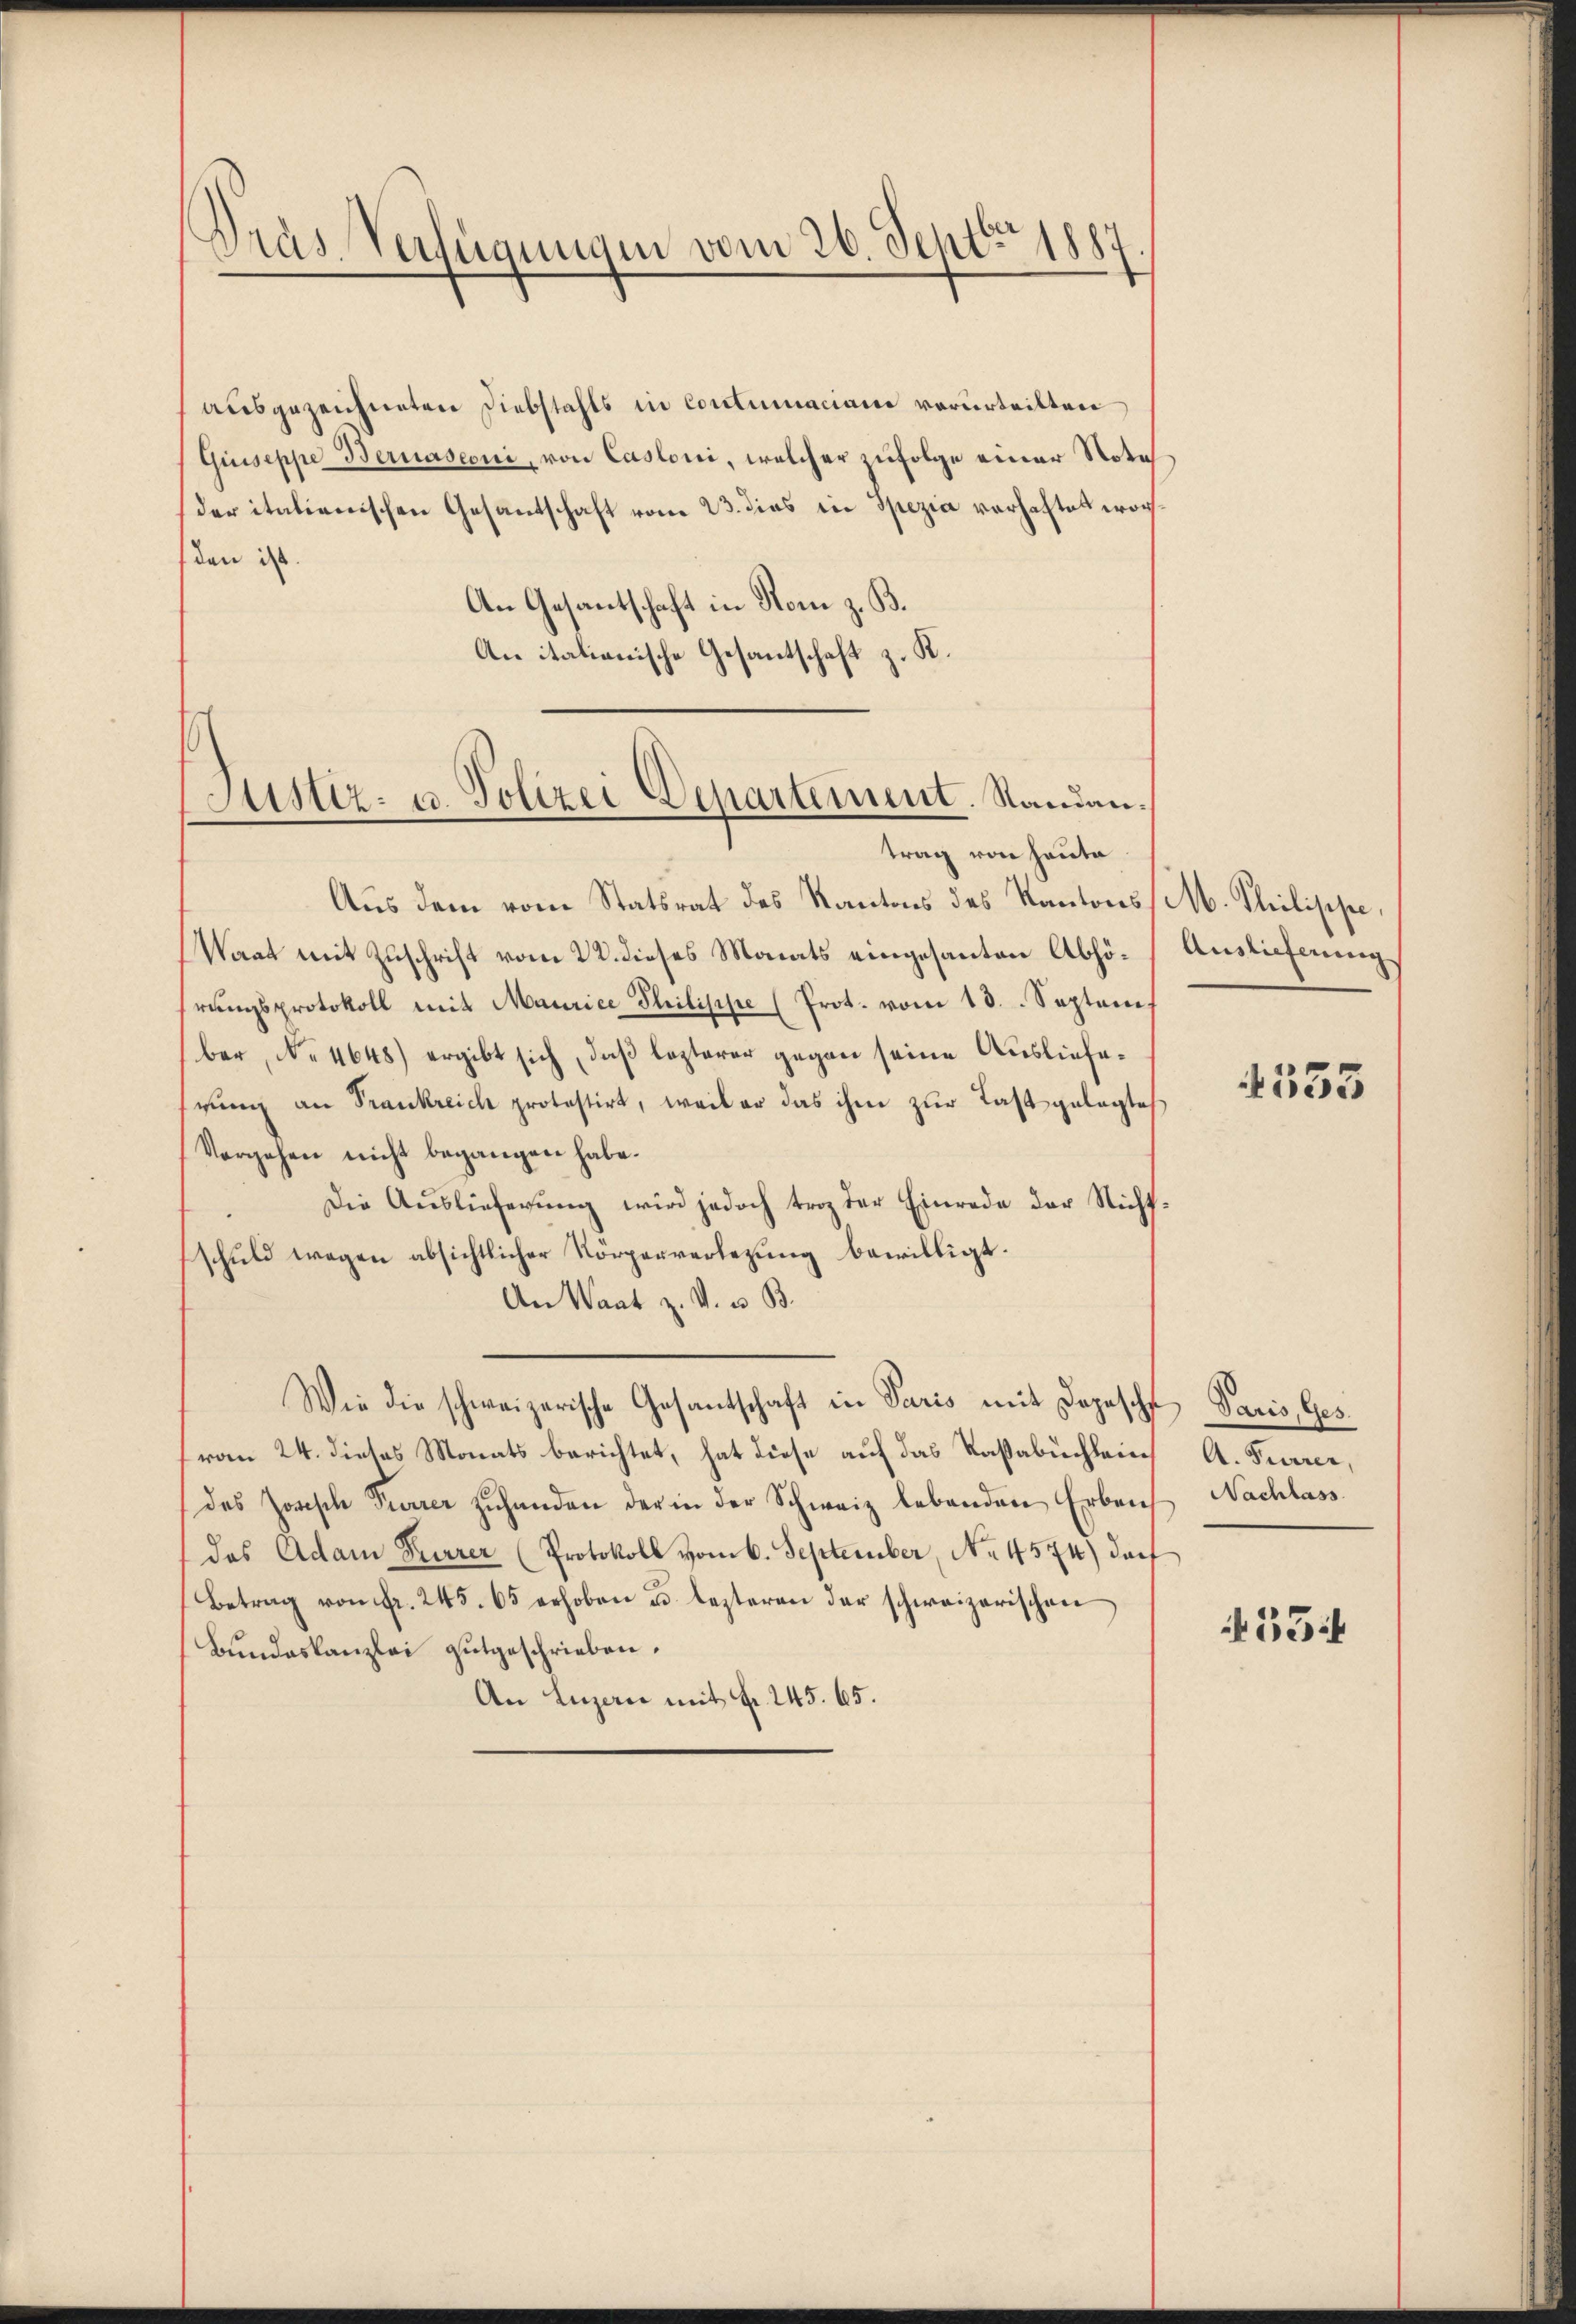
Präs. Verfügungen vom 26. Sept. 1887.

ausgezeichneten Diebstahls in Contumaciam verurteilten
Giuseppe Bernasconi, von Casloni, welcher zufolge einer Nota
der italienischen Gesantschaft vom 23. dies in Spezia verhaftet wor
den ist.
An Gesantschaft in Rom z. B.
An italionische Gesantschaft z. K.
trag von heute
Aus dem vom Statsrat des Kantons des Kantons / M. Philippe,
Waat mit Zuschrift vom 22. dieses Monats eingesanten Abhö- Auslieferung
rungsprotokoll mit Maurice Philisipe (Prot. vom 13. Septem
ber, No 4648) ergibt sich, daß lezterer gegen seine Auslieferung an Frankreich protestirt, weil er das ihm zur Last gelegtes
Vorgehen nicht begangen habe.
Die Auslieferung wird jedoch trag der Einrede der Nicht
schuld wegen absichtlicher Körperverlegung bewilligt.
An Waat z. V. u. B
Wie die schweizerische Gesantschaft in Paris mit Depesch
vom 24. dietas Monats berichtet, hat diese auf das Paßabuchlein
des Zorisch Furrer zŭhanden der in der Schweiz lebenden Erben Nachlass
das Adam Furrer (Protokoll vom 6. September, No. 4574) darf
Betrag von fr. 245. 65 erhoben u. lezteren der schweizerischen
Bundeskanzlei gutgeschrieben.
An Luzern mit Fr. 245. 65.

Justiz- u. Polizei Departement. Standan¬

1535

Paris, Ges.
A. Furrer,

334